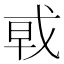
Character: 𰒩